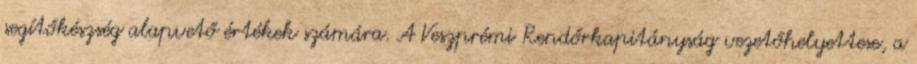
segítőkészség alapvető értékek számára. A Veszprémi Rendőrkapitányság vezetőhelyettese, a